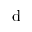
\mathrm { d }